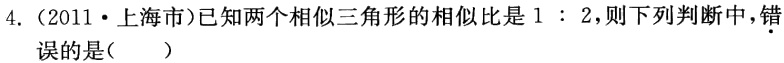
4.（2011·上海市）已知两个相似三角形的相似比是$1:2$，则下列判断中，错．误的是(  )